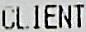
CLIENT